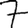
Digit: 7